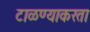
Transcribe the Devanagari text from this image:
टाळण्याकरता